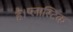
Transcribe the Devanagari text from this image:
है।प्लास्टिक